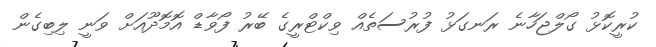
ކުރީކޮޅު ގޯލްޖަހާނެ ރަނގަޅު ފުރުސަތެއް ވިކްޓްރީގެ ބޭރު ފޯވާޑް އޮމޮދޫއަށް ވަނީ ލިބިގެން